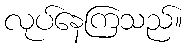
လုပ်နေကြသည်။